Report on lock hospitals in British Burma
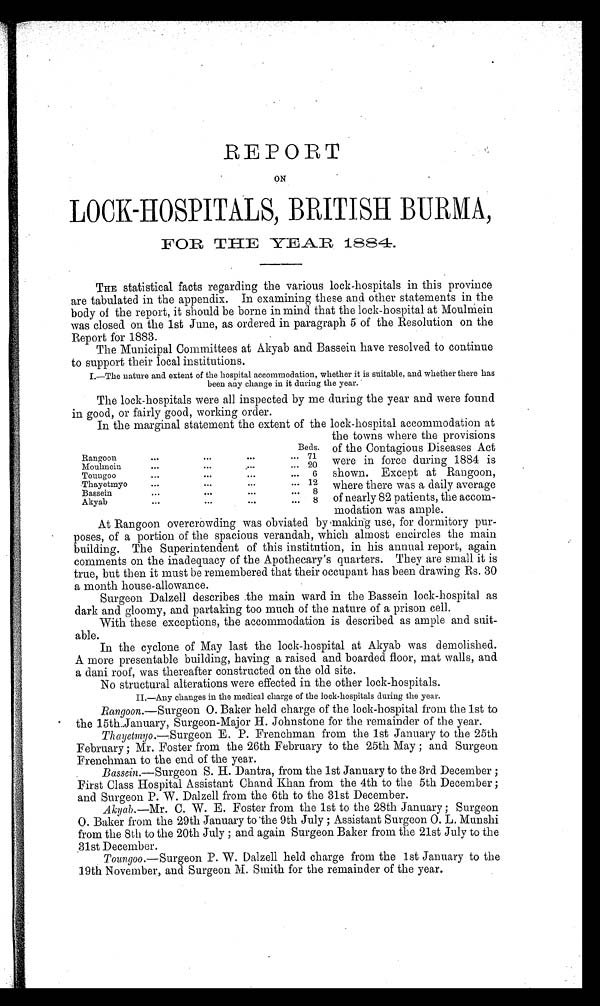
REPORT
ON
LOCK-HOSPITALS, BRITISH
BURMA,
FOR THE YEAR 1884.
THE statistical facts regarding the various lock-hospitals in this province
are tabulated in the appendix. In examining these and other statements in the
body of the report, it should be borne in mind that the lock-hospital at Moulmein
was closed on the 1st June, as ordered in paragraph 5 of the Resolution on the
Re
po rt
for 1883.
The Municipal Committees at Akyab and Bassein have resolved to continue
to support their local institutions.
I.—The nature and extent of the hospital accommodation, whether it is suitable, and whether there has
been any change in it during the year.
The lock-hospitals were all inspected by me during the year and were found
in good, or fairly good, working order.
In the marginal statement the extent of the lock-hospital accommodation at
the towns where the provisions
of the Contagious Diseases Act
were in force during 1884 is
shown. Except at Rangoon,
where there was a daily average
of nearly 82 patients, the accom-
modation was ample.
Beds.
Rangoon
...
...
•••
... 71
Moulmein
...
...
, 04
• • •
20
Toungoo
...
...
...
•••
6
Thayetmyo
...
...
•••
"' 12
Bassein
...
...
...
8
Akyab
...
...
...
...
8
At Rangoon overcrowding was obviated by making use, for dormitory pur-
poses, of a portion of the spacious verandah, which almost encircles the main
building. The Superintendent of this institution, in his annual report, again
comments on the inadequacy of the Apothecary's quarters. They are small it is
true, but then it must be remembered that their occupant has been drawing Rs. 30
a month house-allowance.
Surgeon Dalzell describes the main ward in the Bassein lock-hospital as
dark and gloomy, and partaking too much of the nature of a prison cell.
With theseexceptions, the accommodation is described as ample and suit-
.. _
able.
In the cyclone of May last the lock-hospital at Akyab was demolished.
A more presentable building, having a raised and boarded floor, mat walls, and
a dani roof, was thereafter constructed on the old site.
No structural alterations were effected in the other lock-hospitals.
II.—Any changes in the medical charge of the lock-hospitals during the year.
R
angoon.—Surgeon 0. Baker held charge of the lock-hospital from the 1st to
the 15th..January, Surgeon-Major H. Johnstone for the remainder of the year.
Thayetmyo.--
S
urgeon E P
. Frenchman from the 1st January to the 25th
February ; Mr. Foster from the 26th February to the 25th May ; and Surgeon
Frenchman to the end of the year.
Bassein.—Surgeon S. H. Dantra, from the 1st January to the 3rd December ;
First Class Hospital Assistant Chand Khan from the 4th to the 5th December ;
and Surgeon P. W. Dalzell from the 6th to the 31st December.
Akyab.—Mr . C. W. E. Foster from the 1st to the 28th January ; Surgeon
O . B a k e r f r o m t h e 2 9 t h J a n u a r y t o t h e 9 t h J u l y ; A s s i s t a n t S u r g e o n O . L . M u n s h i
from the 8th to the 20th July ; and again Surgeon Baker from the 21st July to the
31st December.
Toungoo .—Surgeon P. W. Dalzell held charge from the 1st January t o t h e
19th November, and Surgeon M. Smith for the remainder of the year.